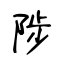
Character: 陟